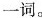
一词。